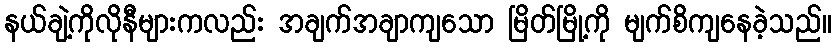
နယ်ချဲ့ကိုလိုနီများကလည်း အချက်အချာကျသော မြိတ်မြို့ကို မျက်စိကျနေခဲ့သည်။